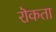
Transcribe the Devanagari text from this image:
रॊकता